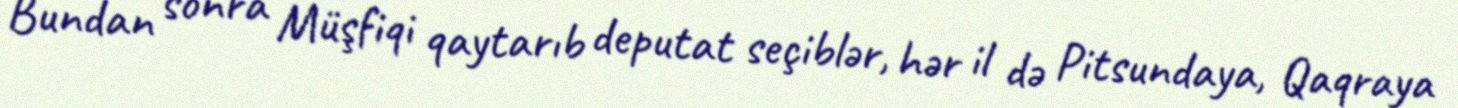
Bundan sonra Müşfiqi qaytarıb deputat seçiblər, hər il də Pitsundaya, Qaqraya